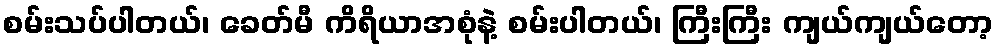
စမ်းသပ်ပါတယ်၊ ခေတ်မီ ကိရိယာအစုံနဲ့ စမ်းပါတယ်၊ ကြီးကြီး ကျယ်ကျယ်တော့